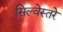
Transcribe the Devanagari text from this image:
सिल्वेस्तरे